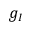
g _ { I }